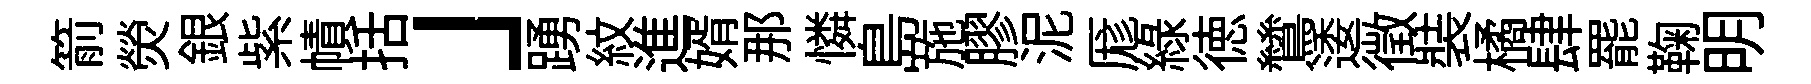
箭熒銀紫幘括」踴紋進婿那憐島施膠泥厖綠徳鷥逶徴裝橘肆罷鞠明